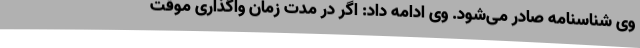
وی شناسنامه صادر می‌شود. وی ادامه داد: اگر در مدت زمان واگذاری موقت